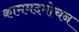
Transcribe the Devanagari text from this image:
काममदमोचन